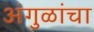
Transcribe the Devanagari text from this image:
अंगुळांचा